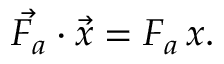
{ \vec { F _ { a } } } \cdot { \vec { x } } = F _ { a } \, x .